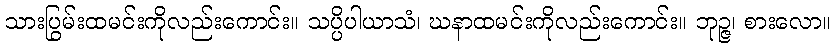
သားပြွမ်းထမင်းကိုလည်းကောင်း။ သပ္ပိပါယာသံ၊ ဃနာထမင်းကိုလည်းကောင်း။ ဘုဉ္ဇ၊ စားလော။